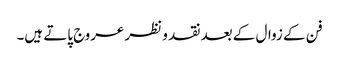
فن کے زوال کے بعد نقد و نظر عروج پاتے ہیں۔